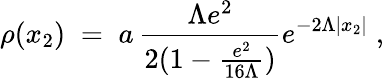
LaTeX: \rho(x_{2})\; =\; a\, \frac{\Lambda e^{2}}{2(1-\frac{e^{2}}{16\Lambda})}e^{-2\Lambda|x_{2}|}\; ,